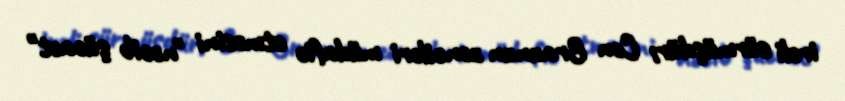
irəli sürmüşdür; Con Braunun zənciləri müdafiə etməsini "nəcib şücaət"